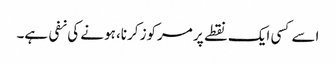
اسے کسی ایک نقطے پر مرکوز کرنا، ہونے کی نفی ہے۔